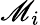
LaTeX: \mathscr{M}_{i}